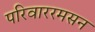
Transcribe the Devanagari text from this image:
परिवाररमसन